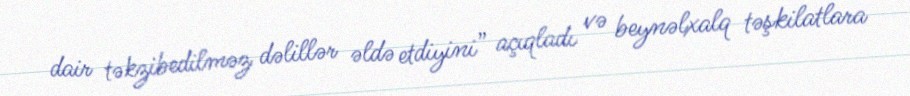
dair təkzibedilməz dəlillər əldə etdiyini” açıqladı və beynəlxalq təşkilatlara